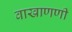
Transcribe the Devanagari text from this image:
वाखाणणी